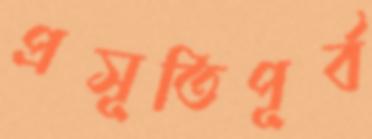
প্রসূতিপূর্ব